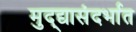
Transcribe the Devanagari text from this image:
मुद्द्यासंदर्भात